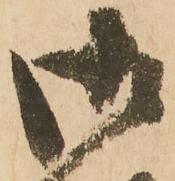
御